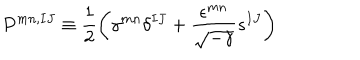
P ^ { m n , I J } \equiv \frac { 1 } { 2 } \left( \gamma ^ { m n } \delta ^ { I J } + \frac { \epsilon ^ { m n } } { \sqrt { - \gamma } } s ^ { I J } \right)